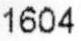
1604